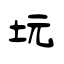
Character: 坃